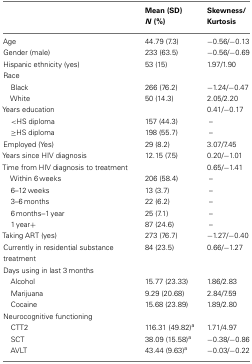
<table><thead><tr><td></td><td><b>Mean (SD) <i>N</i> (%)</b></td><td><b>Skewness/Kurtosis</b></td></tr></thead><tbody><tr><td>Age</td><td>44.79 (7.3)</td><td>−0.56/−0.13</td></tr><tr><td>Gender (male)</td><td>233 (63.5)</td><td>−0.56/−0.69</td></tr><tr><td>Hispanic ethnicity (yes)</td><td>53 (15)</td><td>1.97/1.90</td></tr><tr><td>Race</td><td></td><td></td></tr><tr><td> Black</td><td>266 (76.2)</td><td>−1.24/−0.47</td></tr><tr><td> White</td><td>50 (14.3)</td><td>2.05/2.20</td></tr><tr><td>Years education</td><td></td><td>0.41/−0.17</td></tr><tr><td>&lt;HS diploma</td><td>157 (44.3)</td><td>–</td></tr><tr><td>≥HS diploma</td><td>198 (55.7)</td><td>–</td></tr><tr><td>Employed (Yes)</td><td>29 (8.2)</td><td>3.07/7.45</td></tr><tr><td>Years since HIV diagnosis</td><td>12.15 (7.5)</td><td>0.20/−1.01</td></tr><tr><td>Time from HIV diagnosis to treatment</td><td></td><td>0.65/−1.41</td></tr><tr><td> Within 6 weeks</td><td>206 (58.4)</td><td>–</td></tr><tr><td> 6–12 weeks</td><td>13 (3.7)</td><td>–</td></tr><tr><td> 3–6 months</td><td>22 (6.2)</td><td>–</td></tr><tr><td> 6 months–1 year</td><td>25 (7.1)</td><td>–</td></tr><tr><td> 1 year+</td><td>87 (24.6)</td><td>–</td></tr><tr><td>Taking ART (yes)</td><td>273 (76.7)</td><td>−1.27/−0.40</td></tr><tr><td>Currently in residential substance treatment</td><td>84 (23.5)</td><td>0.66/−1.27</td></tr><tr><td>Days using in last 3 months</td></tr><tr><td> Alcohol</td><td>15.77 (23.33)</td><td>1.86/2.83</td></tr><tr><td> Marijuana</td><td>9.29 (20.68)</td><td>2.84/7.59</td></tr><tr><td> Cocaine</td><td>15.68 (23.89)</td><td>1.89/2.80</td></tr><tr><td>Neurocognitive functioning</td><td></td><td></td></tr><tr><td> CTT2</td><td>116.31 (49.82)<sup>a</sup></td><td>1.71/4.97</td></tr><tr><td> SCT</td><td>38.09 (15.58)<sup>a</sup></td><td>−0.38/−0.86</td></tr><tr><td> AVLT</td><td>43.44 (9.63)<sup>a</sup></td><td>−0.03/−0.22</td></tr></tbody></table>